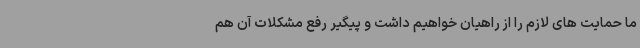
ما حمایت های لازم را از راهیان خواهیم داشت و پیگیر رفع مشکلات آن هم